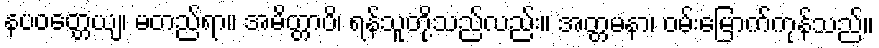
နပဝတ္တေယျ၊ မတည်ရာ။ အမိတ္တာပိ၊ ရန်သူတို့သည်လည်း။ အတ္တမနာ၊ ဝမ်းမြောက်ကုန်သည်။